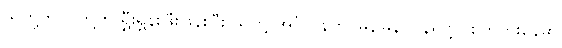
သူတို့က ငါတို့ကို ရွှီးရွှန်းဖြီးဖြန်းပြီး သူတို့ အင်္ဂလန်ကို မြန်မြန် ပြန်ရဖို့ပဲ စိတ်ကူးနေမှာ